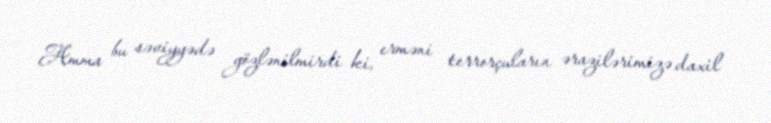
Amma bu səviyyədə gözlənilmirdi ki, erməni terrorçuların ərazilərimizə daxil